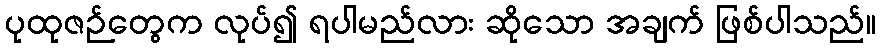
ပုထုဇဉ်တွေက လုပ်၍ ရပါမည်လား ဆိုသော အချက် ဖြစ်ပါသည်။